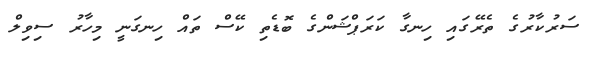
ސަރުކާރުގެ ތެރޭގައި ހިނގާ ކަރަޕްޝަންގެ ބޮޑެތި ކޭސް ތައް ހިނގަނީ މިހާރު ސިވިލް